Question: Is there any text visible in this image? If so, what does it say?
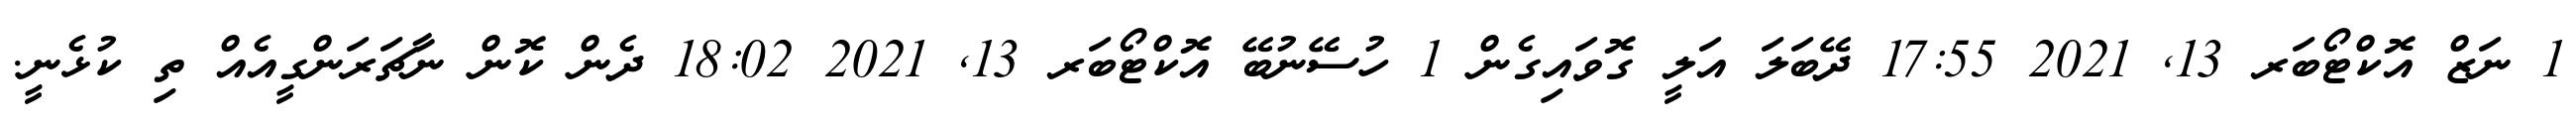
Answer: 1 ނަޒް އޮކްޓޯބަރ 13, 2021 17:55 ދޭބަލަ އަލީ ގޮވައިގެން 1 ހުސޭނުބޭ އޮކްޓޯބަރ 13, 2021 18:02 ދެން ކޮން ނާޗަރަންގީއެއް ތި ކުޅެނީ.